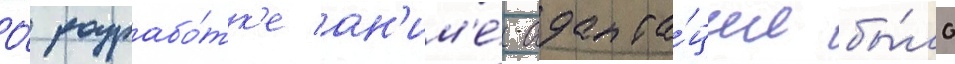
О́ разрабо́тк'е ан'им'е́-адапта́ции бы́ло